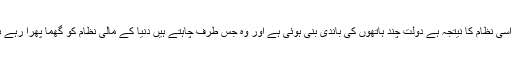
آج اسی نظام کا نیتجہ ہے دولت چند ہاتھوں کی باندی بنی ہوئی ہے اور وہ جس طرف چاہتے ہیں دنیا کے مالی نظام کو گھما پھرا رہے ہیں۔